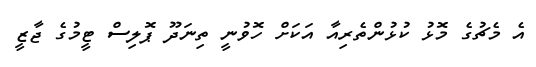
އެ މެޗުގެ މޮޅު ކުޅުންތެރިއާ އަކަށް ހޮވުނީ ތިނަދޫ ޕޮލިސް ޓީމުގެ ޖާޒީ